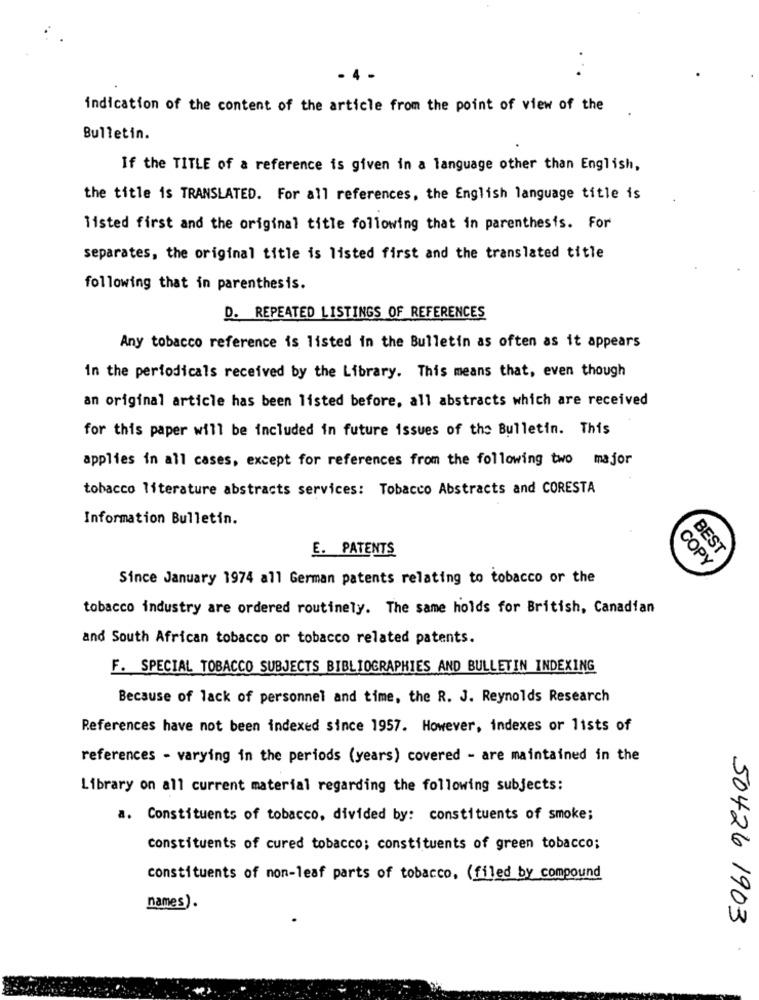
- 4 -
...
indication of the content of the article from the point of view of the
Bulletin.
If the TITLE of a reference is given in a language other than English,
the title is TRANSLATED. For all references, the English language title is
listed first and the original title following that in parenthesis. For
separates, the original title is listed first and the translated title
following that in parenthesis.
D. REPEATED LISTINGS OF REFERENCES
Any tobacco reference is listed in the Bulletin as often as it appears
in the periodicals received by the Library. This means that, even though
an original article has been listed before, all abstracts which are received
for this paper will be included in future issues of the Bulletin. This
applies in all cases, except for references from the following two major
tobacco literature abstracts services: Tobacco Abstracts and CORESTA
Information Bulletin.
E. PATENTS
BEST
COPY
Since January 1974 all German patents relating to tobacco or the
tobacco industry are ordered routinely. The same holds for British, Canadian
and South African tobacco or tobacco related patents.
F. SPECIAL TOBACCO SUBJECTS BIBLIOGRAPHIES AND BULLETIN INDEXING
Because of lack of personnel and time, the R. J. Reynolds Research
References have not been indexed since 1957. However, indexes or lists of
references - varying in the periods (years) covered - are maintained in the
Library on all current material regarding the following subjects:
a. Constituents of tobacco, divided by: constituents of smoke;
constituents of cured tobacco; constituents of green tobacco;
constituents of non-leaf parts of tobacco, (filed by compound
names).
50426 1903